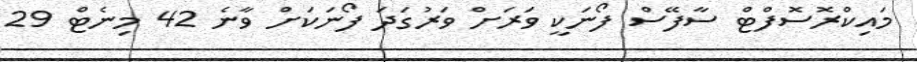
މައިކްރޮސޮފްޓް ސާފޭސް ފޯނަކީ ވަރަށް ވަރުގަދަ ފޯނަކަށް ވާނެ 42 މިނެޓް 29